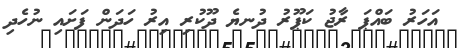
އަހަރު ބައްޕަ ރާޖު ކަޕޫރު ދުނޔެ ދޫކުރި އިރު ހަދަން ފަށައި ނުހެދި